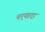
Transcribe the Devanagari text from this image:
बर्‍यादा